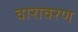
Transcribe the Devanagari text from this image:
वारावरण